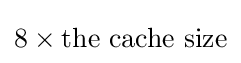
8\times {\text{the cache size}}